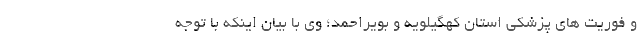
و فوریت های پزشکی استان کهگیلویه و بویراحمد؛ وی با بیان اینکه با توجه